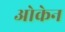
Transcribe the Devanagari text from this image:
ओकेन